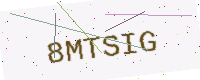
Text: 8MTSIG